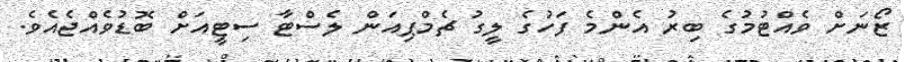
ޒޯނަށް ވެއްޓުމުގެ ބިރު އެންމެ ފަހުގެ ލީގު ޗެމްޕިއަން ލެސްޓާ ސިޓީއަށް ބޮޑުވެއްޖެއެވެ.